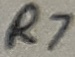
Text: R7